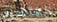
الغاضبة